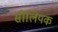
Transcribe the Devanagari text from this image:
सीलियक